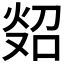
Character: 𪸲